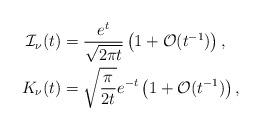
LaTeX: \begin{align*}\mathcal{I}_{\nu}(t) &= \frac{e^{t}}{\sqrt{2\pi t}}\left(1 + \mathcal{O}(t^{-1})\right),\\K_{\nu}(t) &= \sqrt{\frac{\pi}{2t}}e^{-t}\left(1 + \mathcal{O}(t^{-1})\right),\end{align*}